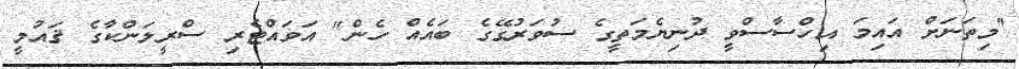
"މިތަނަށް އައިމަ އިހްސާސްވީ ދުނިޔެމަތީގެ ސުވަރުގޭގެ ބައެއް ހެން" އަވައްޓެރި ސްރީލަންކާގެ ޤައުމީ